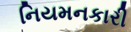
નિયમનકારી